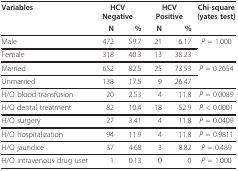
<table><thead><tr><td><b>Variables</b></td><td colspan="2"><b>HCV Negative</b></td><td colspan="2"><b>HCV Positive</b></td><td><b>Chi-square(yates test)</b></td></tr><tr><td></td><td><b>N</b></td><td><b>%</b></td><td><b>N</b></td><td><b>%</b></td><td></td></tr></thead><tbody><tr><td>Male</td><td>472</td><td>59.7</td><td>21</td><td>6.17</td><td><i>P </i>= 1.000</td></tr><tr><td>Female</td><td>318</td><td>40.3</td><td>13</td><td>38.23</td><td></td></tr><tr><td>Married</td><td>652</td><td>82.5</td><td>25</td><td>73.53</td><td><i>P </i>= 0.2654</td></tr><tr><td>Unmarried</td><td>138</td><td>17.5</td><td>9</td><td>26.47</td><td></td></tr><tr><td>H/O blood transfusion</td><td>20</td><td>2.53</td><td>4</td><td>11.8</td><td><i>P </i>= 0.0089</td></tr><tr><td>H/O dental treatment</td><td>82</td><td>10.4</td><td>18</td><td>52.9</td><td><i>P </i>&lt; 0.0001</td></tr><tr><td>H/O surgery</td><td>27</td><td>3.41</td><td>4</td><td>11.8</td><td><i>P </i>= 0.0409</td></tr><tr><td>H/O hospitalization</td><td>94</td><td>11.9</td><td>4</td><td>11.8</td><td><i>P </i>= 0.9811</td></tr><tr><td>H/O jaundice</td><td>37</td><td>4.68</td><td>3</td><td>8.82</td><td><i>P </i>= 0.489</td></tr><tr><td>H/O intravenous drug user</td><td>1</td><td>0.13</td><td>0</td><td>0</td><td><i>P </i>= 1.000</td></tr></tbody></table>